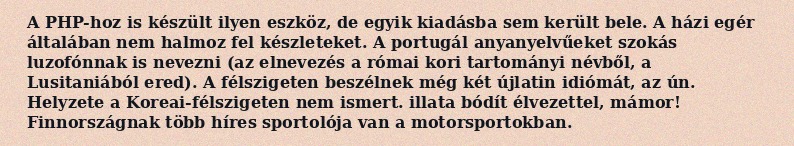
A PHP-hoz is készült ilyen eszköz, de egyik kiadásba sem került bele. A házi egér általában nem halmoz fel készleteket. A portugál anyanyelvűeket szokás luzofónnak is nevezni (az elnevezés a római kori tartományi névből, a Lusitaniából ered). A félszigeten beszélnek még két újlatin idiómát, az ún. Helyzete a Koreai-félszigeten nem ismert. illata bódít élvezettel, mámor! Finnországnak több híres sportolója van a motorsportokban.